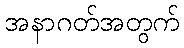
အနာဂတ်အတွက်